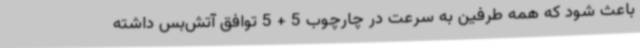
باعث شود که همه طرفین به سرعت در چارچوب 5 + 5 توافق آتش‌بس داشته